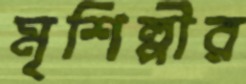
মৃশিল্পীর